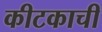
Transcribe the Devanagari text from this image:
कीटकाची